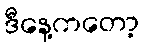
ဒီနေ့ကတော့